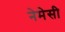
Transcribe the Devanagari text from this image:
नेमेसी